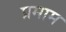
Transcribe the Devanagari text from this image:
प्रमाम